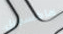
ماكسويل